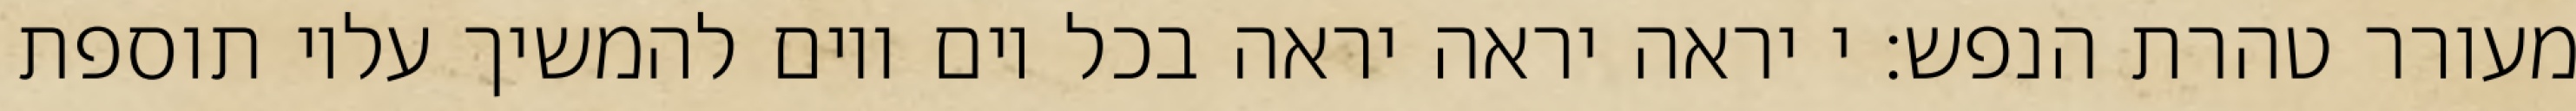
מעורר טהרת הנפש: י יראה יראה יראה בכל יום ויום להמשיך עליו תוספת